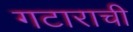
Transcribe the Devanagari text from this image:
गटाराची